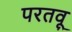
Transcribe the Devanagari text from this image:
परतवू